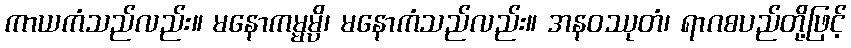
ကာယကံသည်လည်း။ မနောကမ္မမ္ပိ၊ မနောကံသည်လည်း။ အနဝဿုတံ၊ ရာဂစပည်တို့ဖြင့်